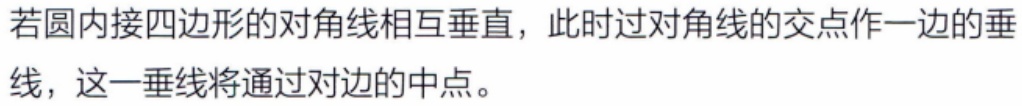
若圆内接四边形的对角线相互垂直，此时过对角线的交点作一边的垂线，这一垂线将通过对边的中点。